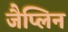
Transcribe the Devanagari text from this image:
जैप्लिन